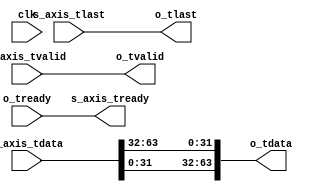
`default_nettype none

module axis_to_cvita
(
        input wire           clk,

	input wire [63:0]    s_axis_tdata,
        input wire           s_axis_tlast,
        input wire           s_axis_tvalid,
        output wire          s_axis_tready,

	output wire [63:0]   o_tdata,
        output wire          o_tlast,
        output wire          o_tvalid,
        input wire           o_tready
);

	assign s_axis_tready = o_tready;

	assign o_tdata = {s_axis_tdata[31:0], s_axis_tdata[63:32]};
	assign o_tlast = s_axis_tlast;
	assign o_tvalid = s_axis_tvalid;

endmodule // axis_to_cvita

`default_nettype wire